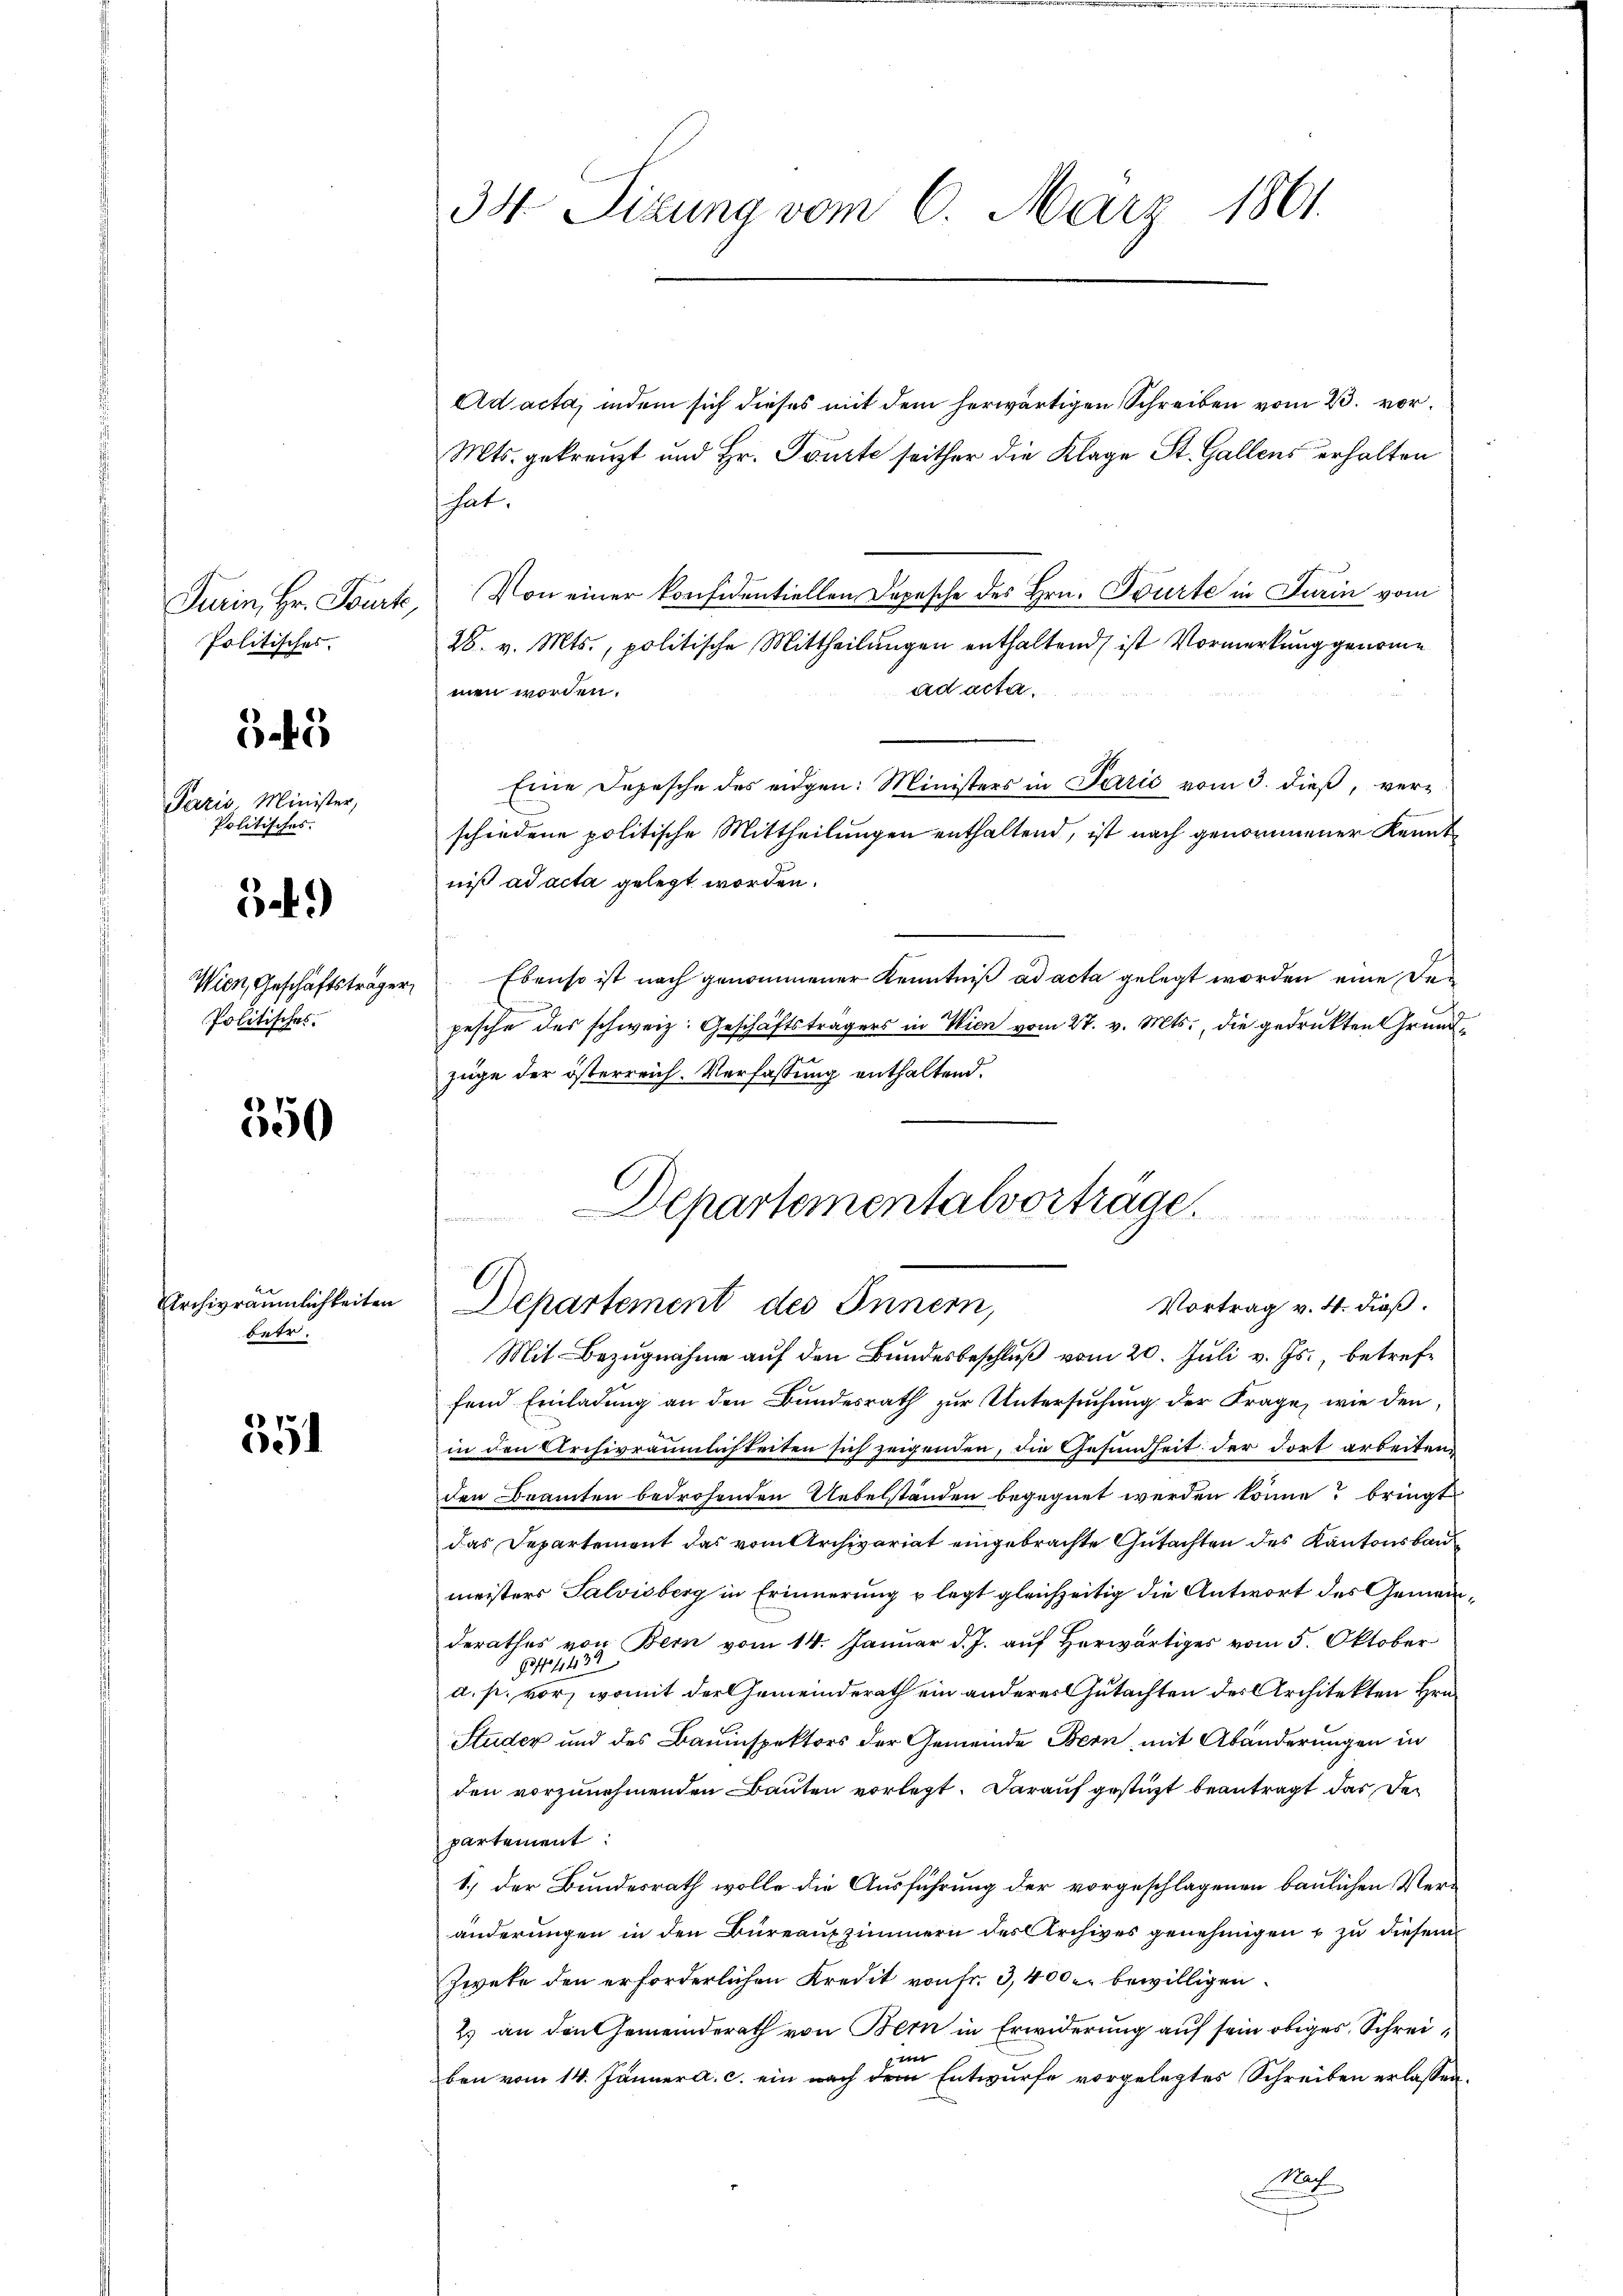
Turin, Hr. Bourt,
Politisches.

5

Paris, Minister,
Politisches.

59)

Wien, Geschäftsträger
Politisches.

550

Archivräumlichkeiten
betr.

55

34 Sizung vom 6. März 1861.

Ad acta, indem sich dieses mit dem herwärtigen Schreiben vom 23. vor¬
Mts. gekreuzt und Hr. Tourte seither die Klage St. Gallens erhalten
hat.
Von einer konfidentiellen Depesche des Hrn. Tourte in Turin vom
28. v. Mts., politische Mittheilungen enthaltend, ist Vormerkung genomme
ad acta.
men worden.
Eine Depesche des eidgen: Ministers in Paris vom 3. dieß, verschiedene politische Mittheilungen enthaltend, ist nach genommener Kenntniß ad acta gelegt worden.
Ebenso ist nach genommener Kenntniß ad acta gelegt worden eine De¬

pesche des schweiz. Geschäftsträgers in Wien vom 27. v. Mts., die gedrukten Grundzüge der österreich. Verfassung enthaltend.
Vortrag v. 4. dieß.
Mit Bezugnahme auf den Bundesbeschluß vom 20. Juli v. Js. betreffend Einladung an den Bundesrath zur Untersuchung der Frage, wie den
in den Archivräumlichkeiten sich zeigenden, die Gesundheit der dort arbeiten,
den Beamten bedrohenden Uebelständen begegnet werden könne? bringt
das Departement das vom Archivariat eingebrachte Gutachten des Kantonsbaumeisters Salvisberg in Erinnerung u legt gleichzeitig die Antwort des Gemeinderathes von Bern vom 14. Januar d. J. auf Herwärtiger vom 5. Oktober
95 ff. 11439
d. p. vor, womit der Gemeinderath ein anderer Gutachten des Architekten Hrn.
Studer und des Bauinspektors der Gemeinde Bern, mit Abänderungen in
den vorzunehmenden Bauten vorlegt. Darauf gestützt beantragt das Departement:
1.) der Bundesrath wolle die Ausführung der vorgeschlagenen baulichen Veränderungen in den Büreauszimmern des Archives genehmigen & zu diesem
Zwete den erforderlichen Kredit von Fr. 3, 4000 bewilligen.
2.) an den Gemeinderath von Bern in Erwiderung auf sein obiges Schreie
ben vom 14. Jänner a. c. ein nach dem Entwurfe vorgelegtes Schreiben erlassen.

Departementalvorträge.
Departement des Innern,